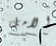
الامل